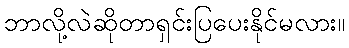
ဘာလို့လဲဆိုတာရှင်းပြပေးနိုင်မလား။